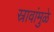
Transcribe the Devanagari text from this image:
स्रावांमुळे